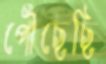
পৌঁছেছি